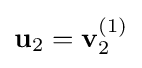
\mathbf {u} _{2}=\mathbf {v} _{2}^{(1)}